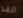
انقذ